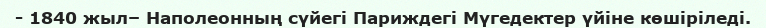
- 1840 жыл– Наполеонның сүйегі Париждегі Мүгедектер үйіне көшіріледі.